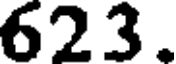
623.